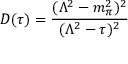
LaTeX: D ( \tau ) = \frac { ( \Lambda ^ { 2 } - m _ { \pi } ^ { 2 } ) ^ { 2 } } { ( \Lambda ^ { 2 } - \tau ) ^ { 2 } }